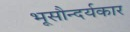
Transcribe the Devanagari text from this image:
भूसौन्दर्यकार